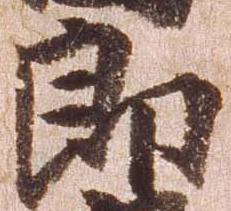
郎